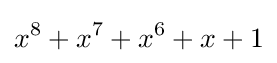
x^{8}+x^{7}+x^{6}+x+1